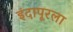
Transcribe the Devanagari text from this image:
इंदापूरला